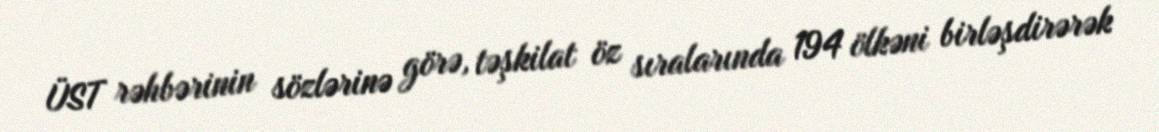
ÜST rəhbərinin sözlərinə görə, təşkilat öz sıralarında 194 ölkəni birləşdirərək